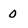
Character: 0